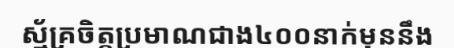
ស្ម័គ្រចិត្តប្រមាណជាង៤០០នាក់មុននឹង